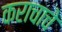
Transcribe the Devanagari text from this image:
कराचाचे